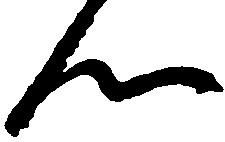
ん